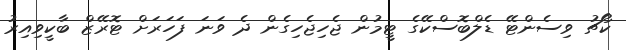
ކޯޗު ވިސެންޓޭ ޑެލްބޮސްކޭގެ ޓީމުން ޖެހިޖެހިގެން ދެ ވަނަ ފަހަރަށް ޓޮރޭޒް ބާކީވިއިރު